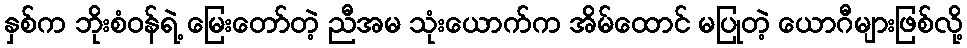
နှစ်က ဘိုးစံဝန်ရဲ့ မြေးတော်တဲ့ ညီအမ သုံးယောက်က အိမ်ထောင် မပြုတဲ့ ယောဂီများဖြစ်လို့